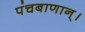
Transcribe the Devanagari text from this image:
पंचबाणान्‌।